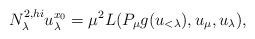
LaTeX: \begin{align*}N_\lambda^{2,hi} u_\lambda^{x_0} = \mu^2 L(P_{\mu} g(u_{<\lambda}), u_{\mu}, u_\lambda),\end{align*}